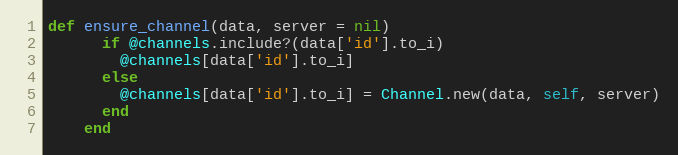
Language: Ruby
def ensure_channel(data, server = nil)
      if @channels.include?(data['id'].to_i)
        @channels[data['id'].to_i]
      else
        @channels[data['id'].to_i] = Channel.new(data, self, server)
      end
    end